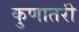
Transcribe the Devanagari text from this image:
कुणातरी